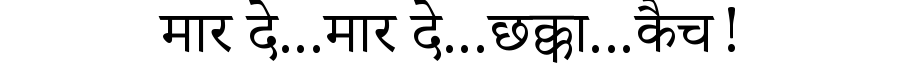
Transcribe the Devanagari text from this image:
मार दे...मार दे...छक्का...कैच!